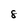
Character: 8